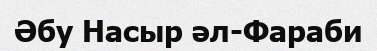
Әбу Насыр әл-Фараби